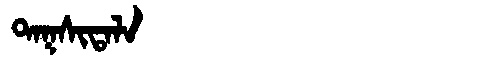
Manchu: ᡨᠠᡴᠰᡳᡨᠠᠯᠠ
Romanization: TAKSITALA